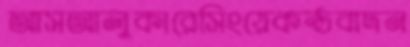
আসআলুকারেসিংয়েকণ্ঠবাদন